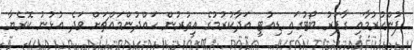
ފުންކުރުމާއި ގާފަރު ބޯޓުގައި ޑިއުޓީ އަދާކުރުމުގެ އިތުރުން ހައްދުންމައްޗަށް ވަދެ އުޅުނު ކޮރެޔާ